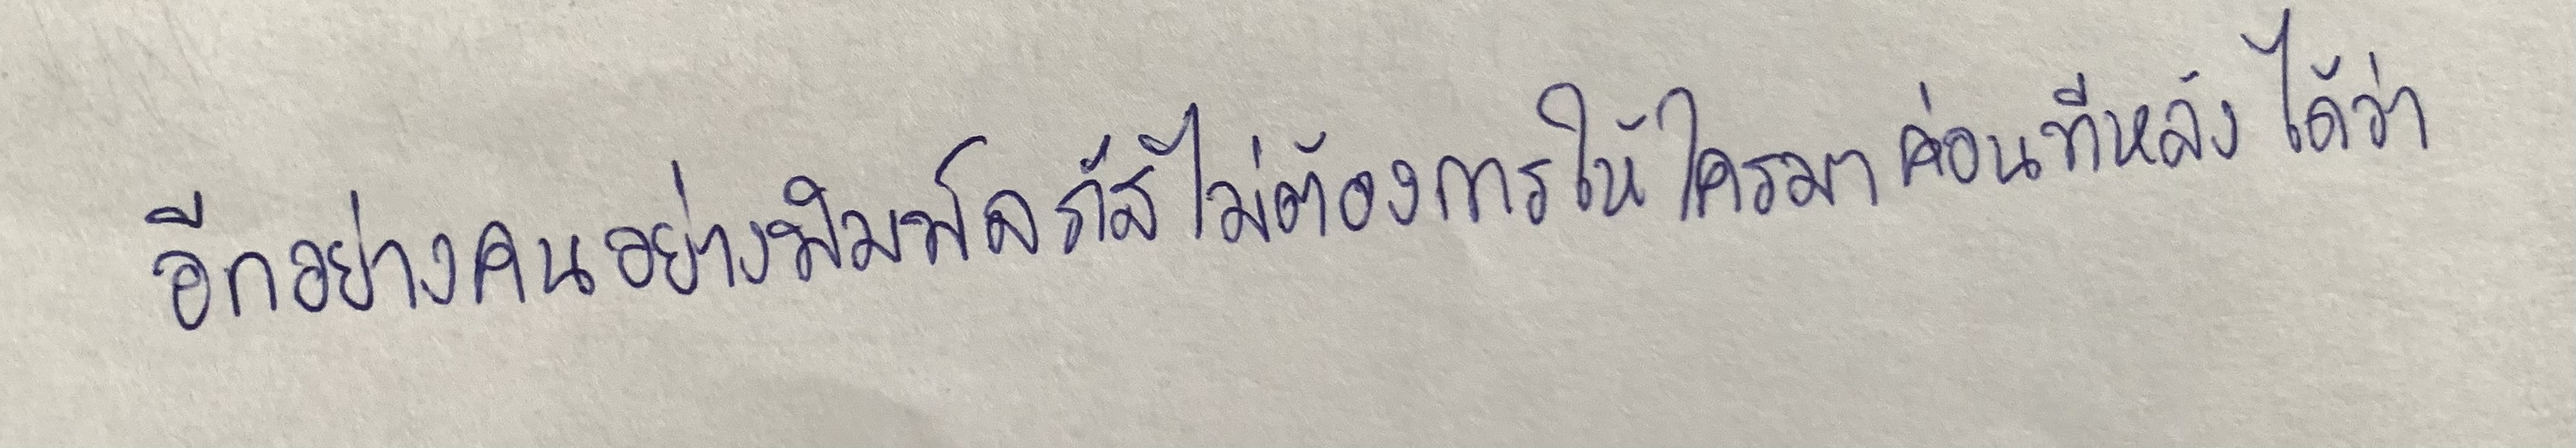
อีกอย่างคนอย่างพิมพ์ลภัสไม่ต้องการให้ใครมาค่อนทีหลังได้ว่า